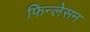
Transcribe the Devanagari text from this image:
फिन्लेसन